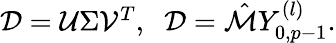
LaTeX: \begin{array}{r}{\mathcal{D}=\mathcal{U}\Sigma\mathcal{V}^{T},\; \; \mathcal{D}=\hat{\mathcal{M}}Y_{0,p-1}^{(l)}.}\end{array}